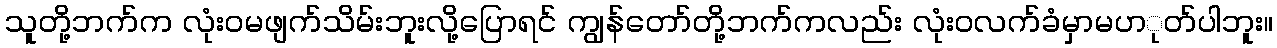
သူတို့ဘက်က လုံးဝမဖျက်သိမ်းဘူးလို့ပြောရင် ကျွန်တော်တို့ဘက်ကလည်း လုံးဝလက်ခံမှာမပာုတ်ပါဘူး။